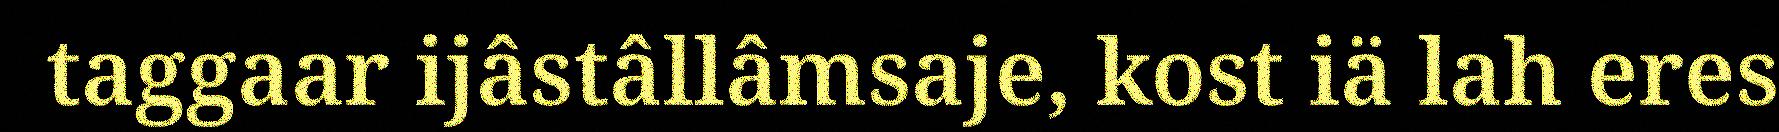
taggaar ijâstâllâmsaje, kost iä lah eres